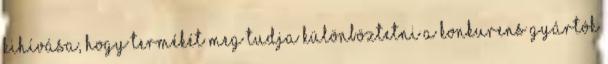
kihívása, hogy termékét meg tudja különböztetni a konkurens gyártók